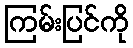
ကြမ်းပြင်ကို